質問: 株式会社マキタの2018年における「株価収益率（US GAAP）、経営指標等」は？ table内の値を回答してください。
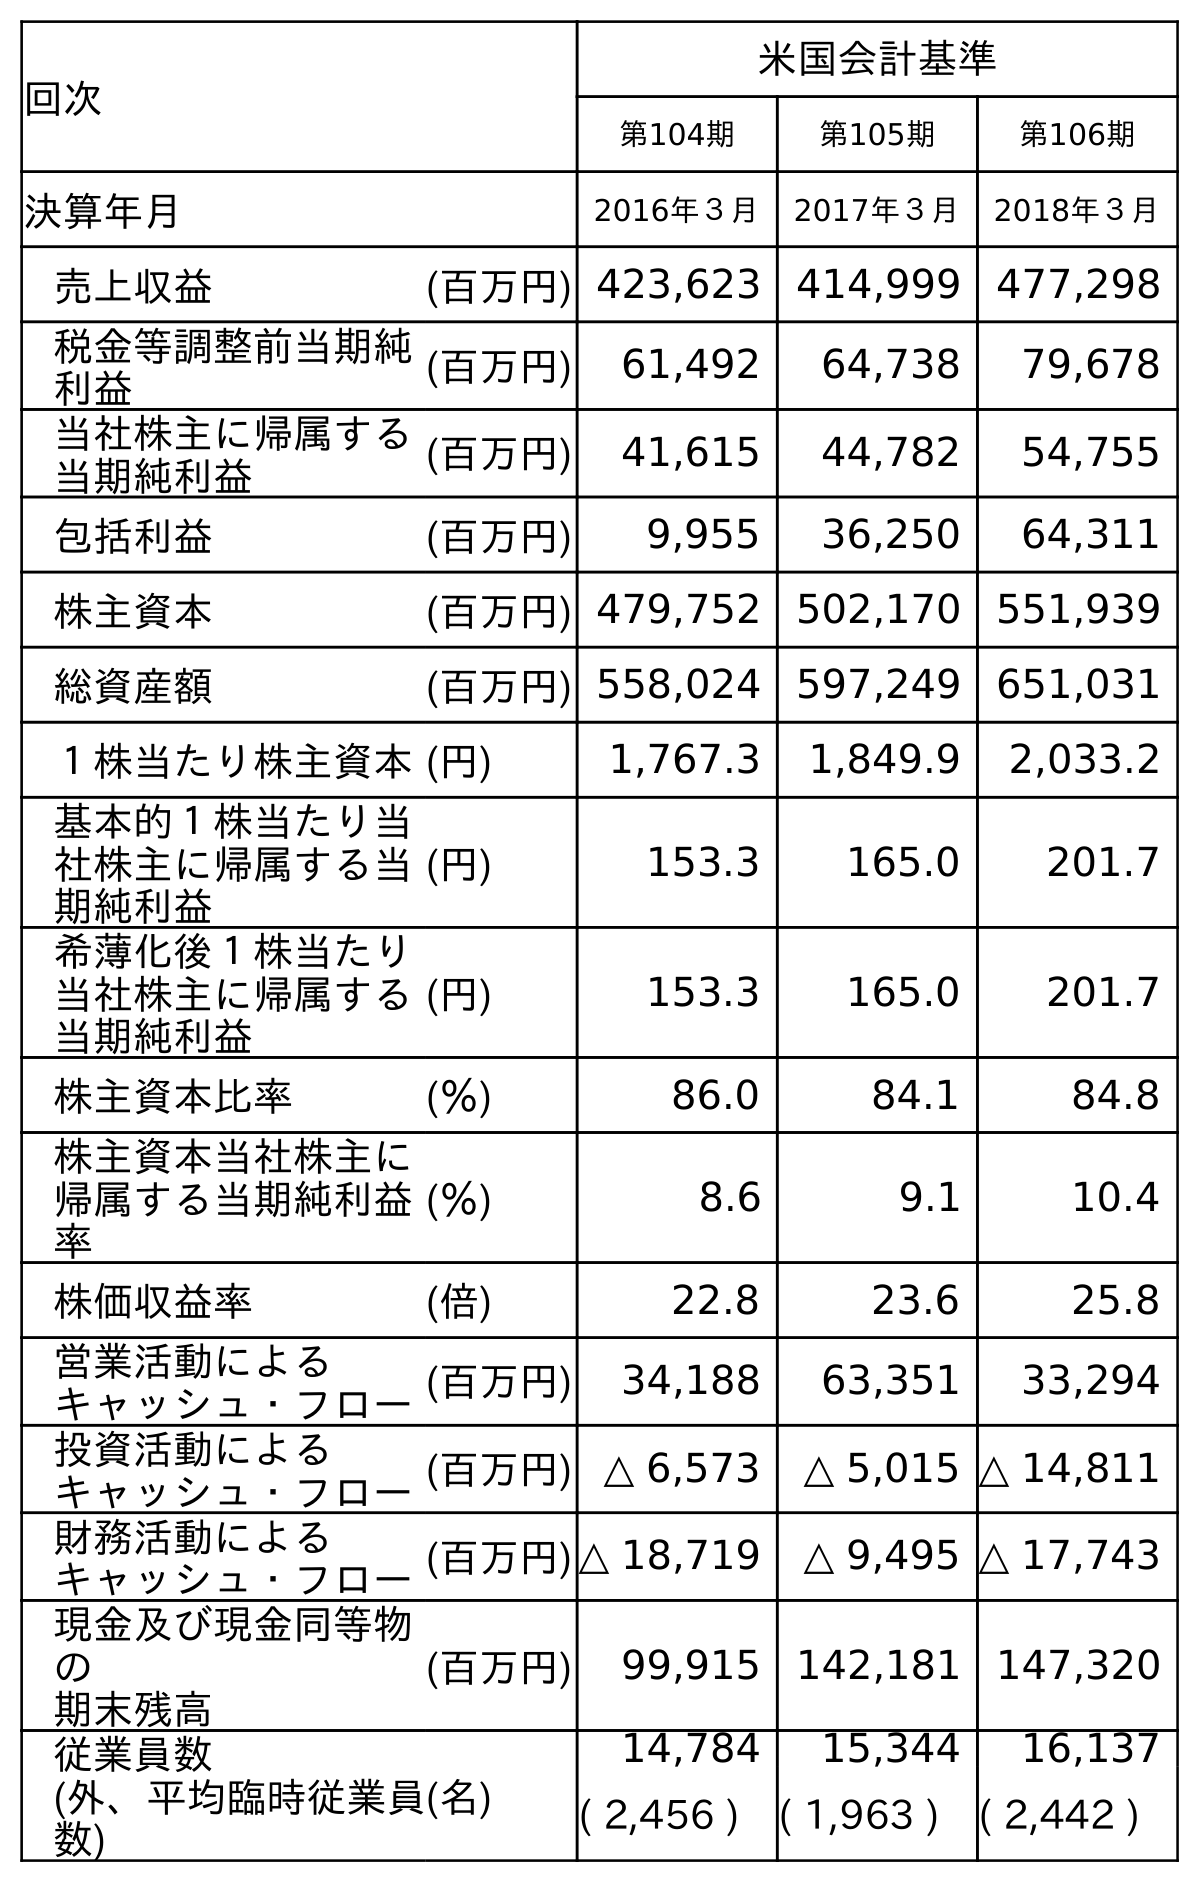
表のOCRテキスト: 回次 米国会計基準 第104期 第105期 第106期 決算年月 2016年３月 2017年３月 2018年３月 売上収益 (百万円) 423,623 414,999 477,298 税金等調整前当期純 利益 (百万円) 61,492 64,738 79,678 当社株主に帰属する 当期純利益 (百万円) 41,615 44,782 54,755 包括利益 (百万円) 9,955 36,250 64,311 株主資本 (百万円) 479,752 502,170 551,939 総資産額 (百万円) 558,024 597,249 651,031 １株当たり株主資本(円) 1,767.3 1,849.9 2,033.2 基本的１株当たり当 社株主に帰属する当 期純利益 (円) 153.3 165.0 201.7 希薄化後１株当たり 当社株主に帰属する 当期純利益 (円) 153.3 165.0 201.7 株主資本比率 (％) 86.0 84.1 84.8 株主資本当社株主に 帰属する当期純利益 率 (％) 8.6 9.1 10.4 株価収益率 (倍) 22.8 23.6 25.8 営業活動による キャッシュ・フロー(百万円) 34,188 63,351 33,294 投資活動による キャッシュ・フロー(百万円) △ 6,573 △ 5,015 △ 14,811 財務活動による キャッシュ・フロー(百万円)△ 18,719 △ 9,495 △ 17,743 現金及び現金同等物 の 期末残高 (百万円) 99,915 142,181 147,320 従業員数 (外、平均臨時従業員 数) (名) 14,784 15,344 16,137 ( 2,456 ) ( 1,963 ) ( 2,442 )
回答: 25.8